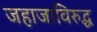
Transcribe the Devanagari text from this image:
जहाजाविरुद्ध